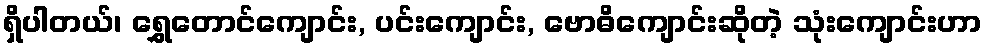
ရှိပါတယ်၊ ရွှေတောင်ကျောင်း, ပင်းကျောင်း, ဗောဓိကျောင်းဆိုတဲ့ သုံးကျောင်းဟာ